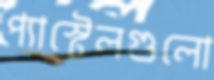
প্যাস্টেলগুলো